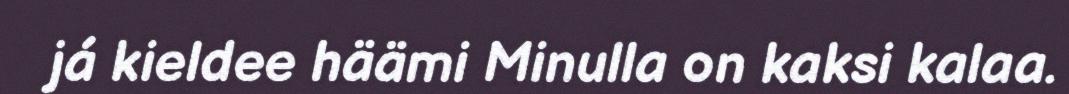
já kieldee häämi Minulla on kaksi kalaa.